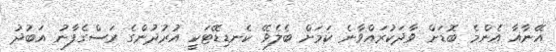
އޭނާއާ އެންމެ ބޮޑަށް ވާދަކުރައްވާނެ ކަމަށް ބެލެވޭ ކެނޑިޑޭޓަކީ އުރުދުންގެ ރަސްގެފާނު އަބުދު